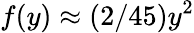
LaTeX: f(y)\approx(2/45)y^{2}